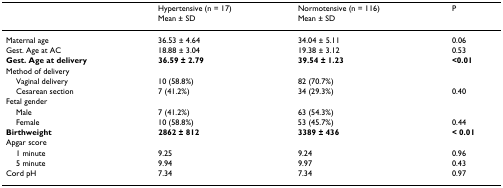
|  | Hypertensive (n = 17)Mean ± SD | Normotensive (n = 116)Mean ± SD | P |
 | --- | --- | --- | --- |
 | Maternal age | 36.53 ± 4.64 | 34.04 ± 5.11 | 0.06 |
 | Gest. Age at AC | 18.88 ± 3.04 | 19.38 ± 3.12 | 0.53 |
 | Gest. Age at delivery | 36.59 ± 2.79 | 39.54 ± 1.23 | <0.01 |
 | Method of delivery |  |  |  |
 | Vaginal delivery | 10 (58.8%) | 82 (70.7%) |  |
 | Cesarean section | 7 (41.2%) | 34 (29.3%) | 0.40 |
 | Fetal gender |  |  |  |
 | Male | 7 (41.2%) | 63 (54.3%) |  |
 | Female | 10 (58.8%) | 53 (45.7%) | 0.44 |
 | Birthweight | 2862 ± 812 | 3389 ± 436 | < 0.01 |
 | Apgar score |  |  |  |
 | 1 minute | 9.25 | 9.24 | 0.96 |
 | 5 minute | 9.94 | 9.97 | 0.43 |
 | Cord pH | 7.34 | 7.34 | 0.97 |